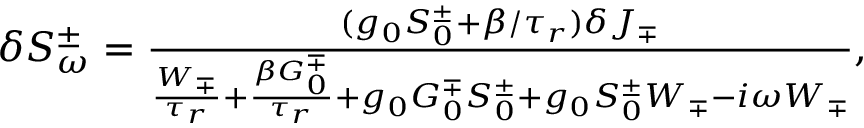
\begin{array} { r } { \delta S _ { \omega } ^ { \pm } = \frac { ( g _ { 0 } S _ { 0 } ^ { \pm } + \beta / \tau _ { r } ) \delta J _ { \mp } } { \frac { W _ { \mp } } { \tau _ { r } } + \frac { \beta G _ { 0 } ^ { \mp } } { \tau _ { r } } + g _ { 0 } G _ { 0 } ^ { \mp } S _ { 0 } ^ { \pm } + g _ { 0 } S _ { 0 } ^ { \pm } W _ { \mp } - i \omega W _ { \mp } } , } \end{array}